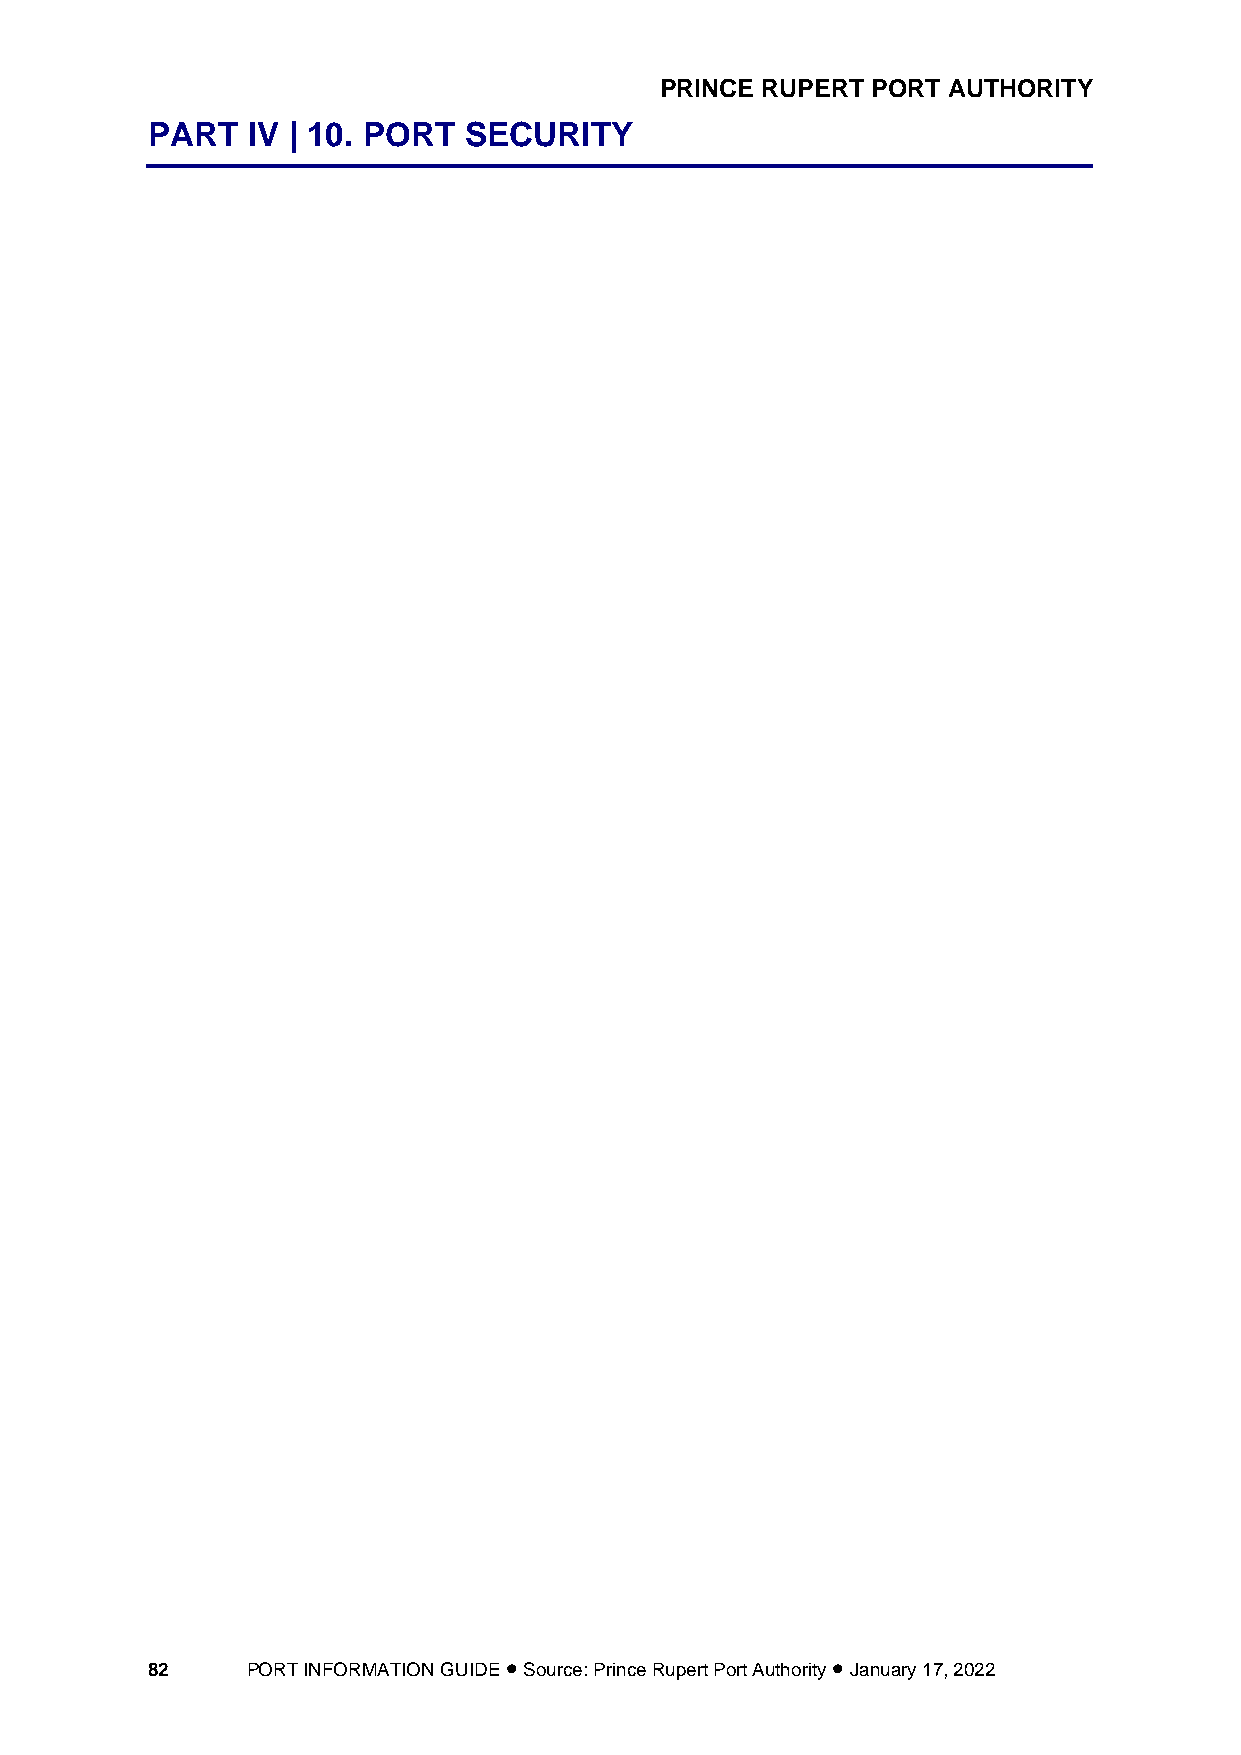
PRINCE RUPERT PORT AUTHORITY
 PART  IV | 10. PORT  SECURITY
 82    PORT INFORMATION GUIDE • Source: Prince Rupert Port Authority • January 17, 2022